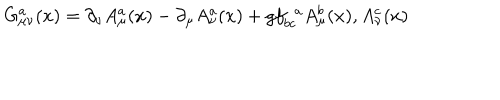
G _ { \mu \nu } ^ { a } ( x ) = \partial _ { \nu } A _ { \mu } ^ { a } ( x ) - \partial _ { \mu } A _ { \nu } ^ { a } ( x ) + g f _ { b c } ^ { ~ ~ a } A _ { \mu } ^ { b } ( x ) , A _ { \nu } ^ { c } ( x )